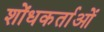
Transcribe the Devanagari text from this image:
शोंधकर्ताओं